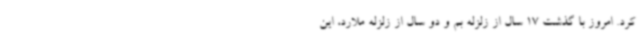
کرد. امروز با گذشت 17 سال از زلزله بم و دو سال از زلزله ملارد، این